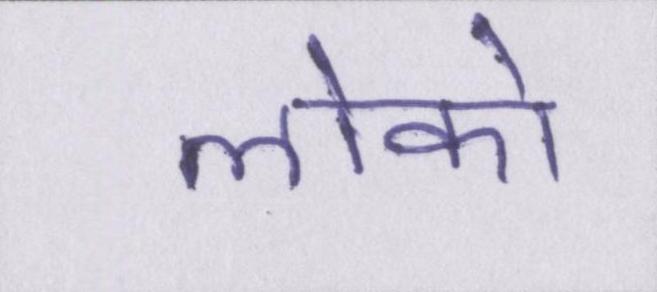
लोको